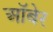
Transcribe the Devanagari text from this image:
ऑबेर